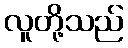
လူတို့သည်